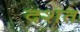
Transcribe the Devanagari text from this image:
दशत